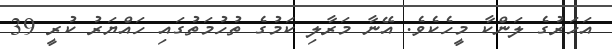
އަހަރުގެ ލަންކާ މީހެކެވެ. އޭނާ މަރާލި ކަމުގެ ތުހުމަތުގައި ހައްޔަރު ކުރީ 39